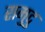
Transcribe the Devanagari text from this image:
रामुदु